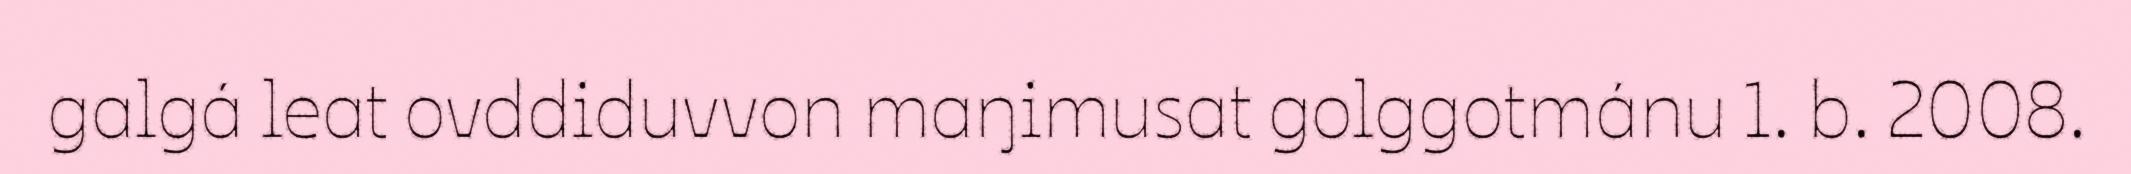
galgá leat ovddiduvvon maŋimusat golggotmánu 1. b. 2008.